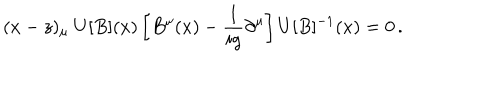
( x - z ) _ { \mu } \ U [ B ] ( x ) \left[ B ^ { \mu } ( x ) - { \frac { 1 } { i g } } \partial ^ { \mu } \right] U [ B ] ^ { - 1 } ( x ) = 0 \, .